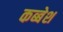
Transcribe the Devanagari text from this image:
कब्बेश